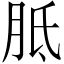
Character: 胝